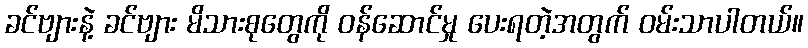
ခင်ဗျားနဲ့ ခင်ဗျား မိသားစုတွေကို ဝန်ဆောင်မှု ပေးရတဲ့အတွက် ဝမ်းသာပါတယ်။